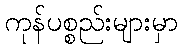
ကုန်ပစ္စည်းများမှာ